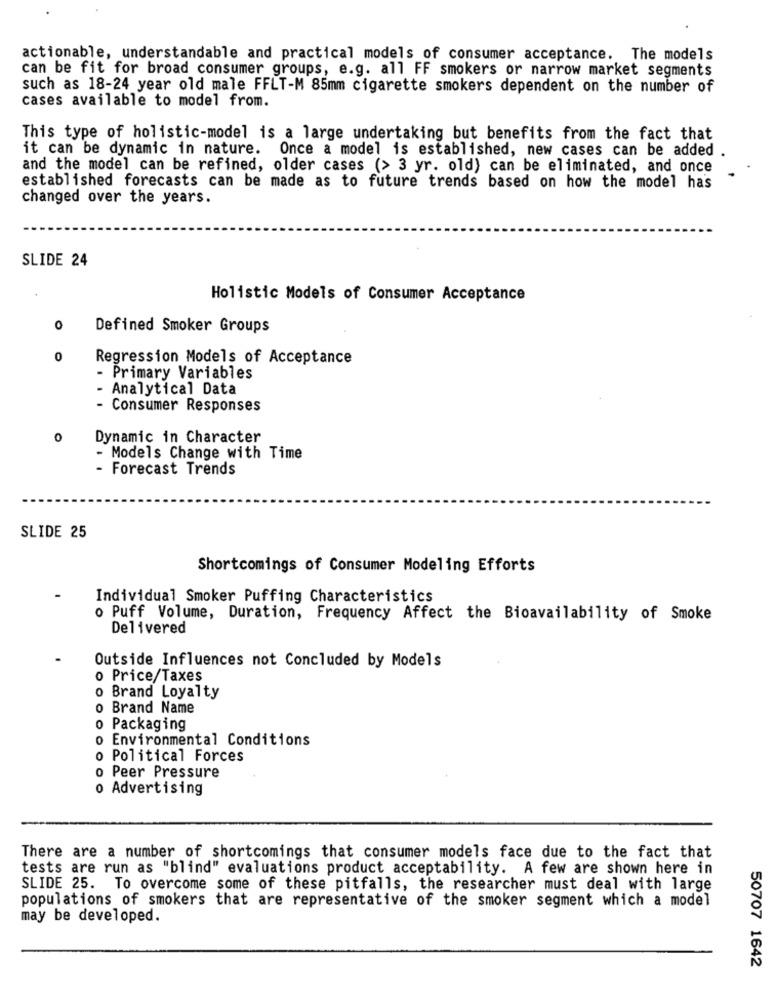
actionable, understandable and practical models of consumer acceptance. The models
can be fit for broad consumer groups, e.g. all FF smokers or narrow market segments
such as 18-24 year old male FFLT-M 85mm cigarette smokers dependent on the number of
cases available to model from.
This type of holistic-model is a large undertaking but benefits from the fact that
it can be dynamic in nature. Once a model is established, new cases can be added .
and the model can be refined, older cases (> 3 yr. old) can be eliminated, and once
established forecasts can be made as to future trends based on how the model has
changed over the years.
SLIDE 24
Holistic Models of Consumer Acceptance
0
Defined Smoker Groups
0
Regression Models of Acceptance
- Primary Variables
Analytical Data
Consumer Responses
0
Dynamic in Character
- Models Change with Time
- Forecast Trends
SLIDE 25
Shortcomings of Consumer Modeling Efforts
Individual Smoker Puffing Characteristics
o Puff Volume, Duration, Frequency Affect the Bioavailability of Smoke
Delivered
Outside Influences not Concluded by Models
o Price/Taxes
o Brand Loyalty
O
Brand Name
o Packaging
o Environmental Conditions
Political Forces
o Peer Pressure
o Advertising
There are a number of shortcomings that consumer models face due to the fact that
tests are run as "blind" evaluations product acceptability. A few are shown here in
SLIDE 25. To overcome some of these pitfalls, the researcher must deal with large
populations of smokers that are representative of the smoker segment which a model
may be developed.
50707 1642